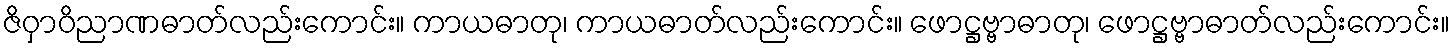
ဇိဝှာဝိညာဏဓာတ်လည်းကောင်း။ ကာယဓာတု၊ ကာယဓာတ်လည်းကောင်း။ ဖောဋ္ဌဗ္ဗာဓာတု၊ ဖောဋ္ဌဗ္ဗာဓာတ်လည်းကောင်း။